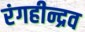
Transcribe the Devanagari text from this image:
रंगहीन्द्रव